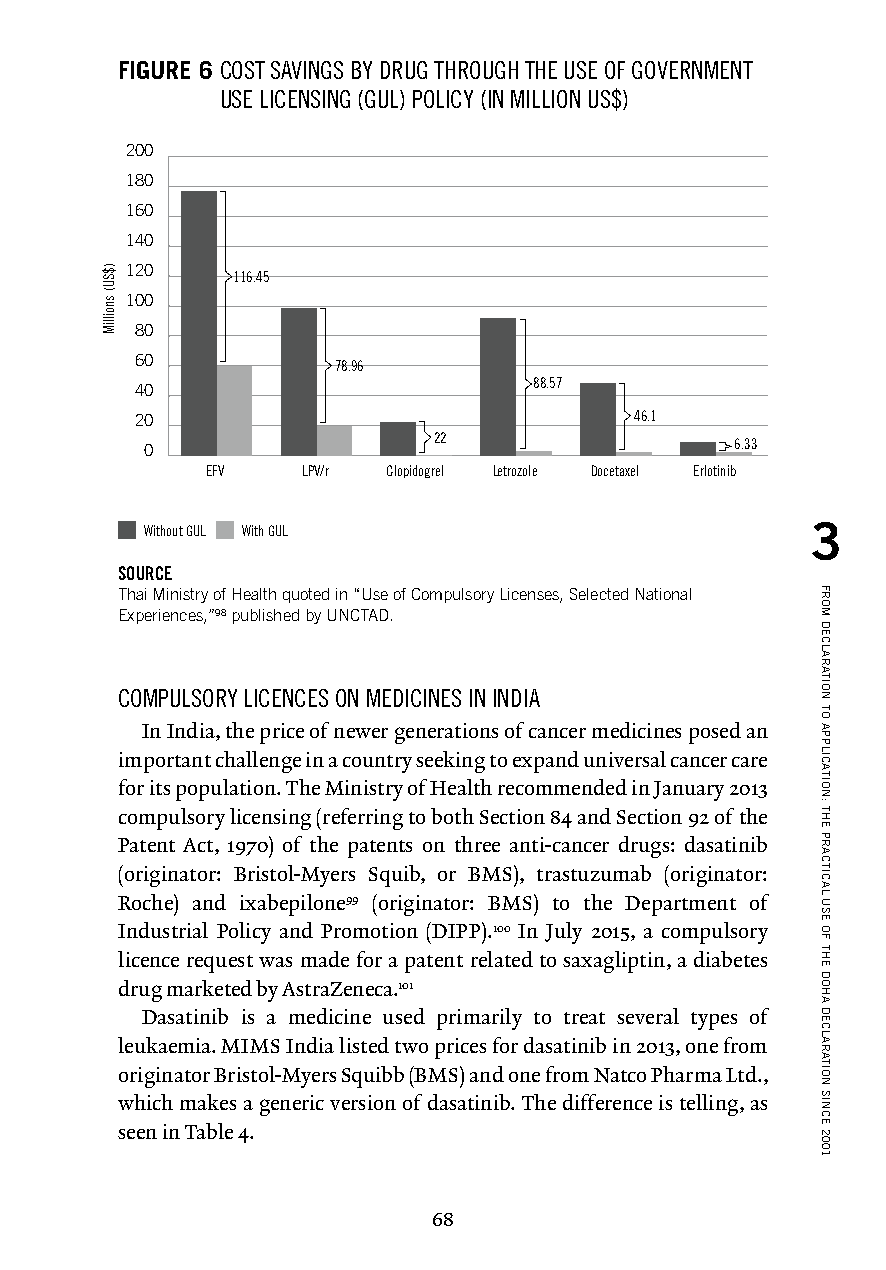
FIGURE 6 COST SAVINGS BY DRUG THROUGH THE USE OF GOVERNMENT
 USE LICENSING (GUL) POLICY (IN MILLION US$)
 200
 180
 160
 140
 120
 116.45
 100
 80
 60
 78.96
 40                        88.57
 20                               46.1
 0                  22                  6.33
 EFV   LPV/r Clopidogrel Letrozole Docetaxel Erlotinib
 Without GUL With GUL                        3
 SOURCE
 Thai Ministry of Health quoted in “Use of Compulsory Licenses, Selected National
 Experiences,”98 published by UNCTAD.
 COMPULSORY LICENCES ON MEDICINES IN INDIA
 In India, the price of newer generations of cancer medicines posed an
 important challenge in a country seeking to expand universal cancer care
 for its population. The Ministry of Health recommended in January 2013
 compulsory licensing (referring to both Section 84 and Section 92 of the
 Patent Act, 1970) of the patents on three anti-cancer drugs: dasatinib
 (originator: Bristol-Myers Squib, or BMS), trastuzumab (originator:
 Roche) and ixabepilone99 (originator: BMS) to the Department of
 Industrial Policy and Promotion (DIPP).100 In July 2015, a compulsory
 licence request was made for a patent related to saxagliptin, a diabetes
 drug marketed by AstraZeneca.101
 Dasatinib is a medicine used primarily to treat several types of
 leukaemia. MIMS India listed two prices for dasatinib in 2013, one from
 originator Bristol-Myers Squibb (BMS) and one from Natco Pharma Ltd.,
 which makes a generic version of dasatinib. The difference is telling, as
 seen in Table 4.
 68
 )$SU(
 snoilliM
 FROM
 DECLARATION
 TO
 APPLICATION:
 THE
 PRACTICAL
 USE
 OF
 THE
 DOHA
 DECLARATION
 SINCE
 2001